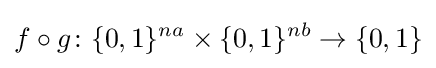
f\circ g\colon \{0,1\}^{na}\times \{0,1\}^{nb}\to \{0,1\}